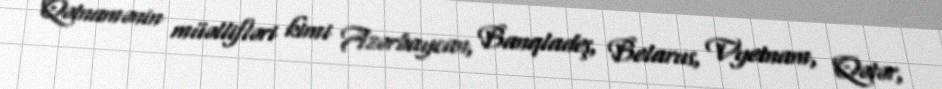
Qətnamənin müəllifləri kimi Azərbaycan, Banqladeş, Belarus, Vyetnam, Qətər,